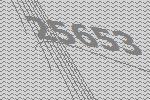
25653